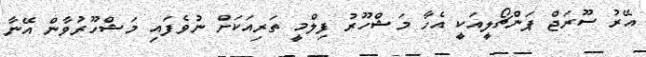
އޭރު ސޫރަޖް ޕަންޗޯލީއަކީ އެހާ މަޝްހޫރު ފިލްމީ ތަރިއަކަށް ނުވެފައި މަޝްހޫރުވާން އޭނާ